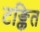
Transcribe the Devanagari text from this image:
टङ्कित